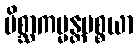
မိစ္ဆာကမ္မန္တပစ္စယာ